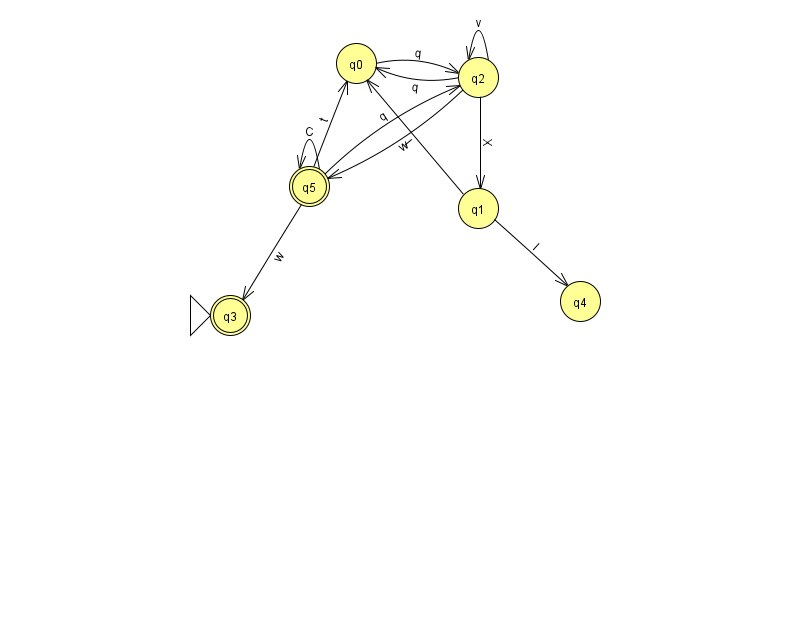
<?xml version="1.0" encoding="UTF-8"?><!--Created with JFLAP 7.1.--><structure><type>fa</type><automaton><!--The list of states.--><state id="0" name="q0"><x>356.0</x><y>50.0</y></state><state id="1" name="q1"><x>478.0</x><y>195.0</y></state><state id="2" name="q2"><x>478.0</x><y>64.0</y></state><state id="3" name="q3"><x>230.0</x><y>302.0</y><initial/><final/></state><state id="4" name="q4"><x>580.0</x><y>288.0</y></state><state id="5" name="q5"><x>309.0</x><y>173.0</y><final/></state><!--The list of transitions.--><transition><from>2</from><to>1</to><read>X</read></transition><transition><from>5</from><to>2</to><read>q</read></transition><transition><from>5</from><to>3</to><read>w</read></transition><transition><from>5</from><to>5</to><read>C</read></transition><transition><from>2</from><to>2</to><read>v</read></transition><transition><from>2</from><to>5</to><read>w</read></transition><transition><from>1</from><to>4</to><read>l</read></transition><transition><from>5</from><to>0</to><read>t</read></transition><transition><from>0</from><to>2</to><read>q</read></transition><transition><from>1</from><to>0</to><read>I</read></transition><transition><from>2</from><to>0</to><read>q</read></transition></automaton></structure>